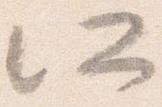
所